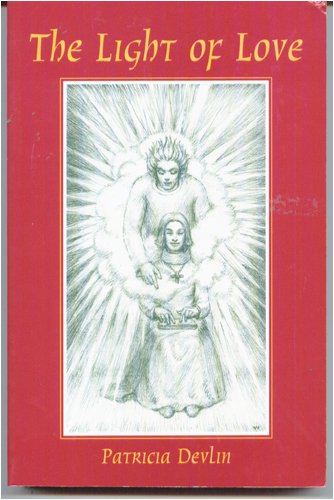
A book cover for The Light of Love: My Angel Shall Go Before Thee; Patricia Devlin; Christian Books & Bibles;